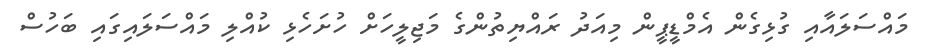
މައްސަލައާއި ގުޅިގެން އެމްޑީޕީން މިއަދު ރައްޔިތުންގެ މަޖިލީހަށް ހުށަހެޅި ކުއްލި މައްސަލައިގައި ބަހުސް